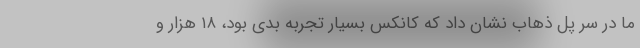
ما در سر پل ذهاب نشان داد که کانکس بسیار تجربه بدی بود، ۱۸ هزار و